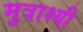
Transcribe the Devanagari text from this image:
मुत्राश्यी